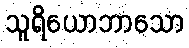
သူရိယောဘာသော